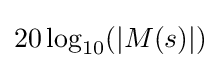
20\log _{10}(|M(s)|)